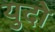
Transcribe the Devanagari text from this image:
युदो